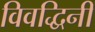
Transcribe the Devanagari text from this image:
विवद्धिनी